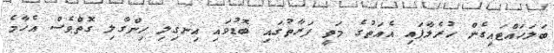
ބަލަހައްޓައިގެން ހުރެލާފައި އެއަތުގެ މަތީ ފަރާތުގައި ބޮޑުވައި އިނގިލި ހިންގާލި ގޮތްވެސް އެހާމެ